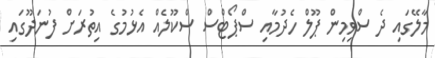
މާލޭގައި ދެ ސްވިމިން ޕޫލް ހެދުމާއި ސްޕޯޓްސް ސްކޫލެއް އެޅުމުގެ އިތުރަށް ފުނަދޫގައި